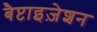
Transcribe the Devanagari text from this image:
बैप्टाइज़ेशन